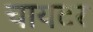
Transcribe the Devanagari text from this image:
चायटर